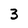
Character: 3